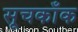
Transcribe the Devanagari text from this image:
सूचकाँक